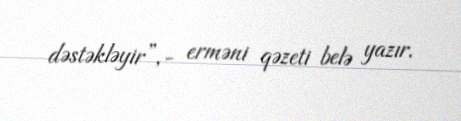
dəstəkləyir”,- erməni qəzeti belə yazır.